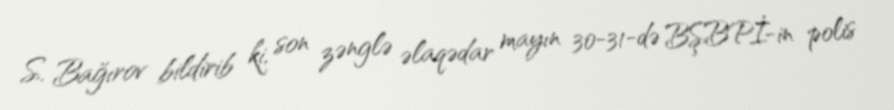
S. Bağırov bildirib ki, son zənglə əlaqədar mayın 30-31-də BŞBPİ-in polis